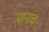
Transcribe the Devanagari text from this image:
पानाच